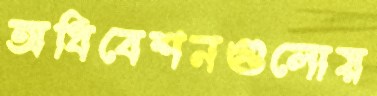
অধিবেশনগুলোয়